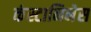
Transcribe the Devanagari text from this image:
कंस्टानिनेस